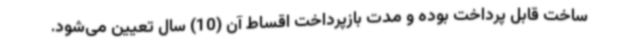
ساخت قابل پرداخت بوده و مدت بازپرداخت اقساط آن (10) سال تعیین می‌شود.